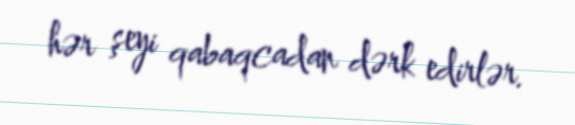
hər şeyi qabaqcadan dərk edirlər.